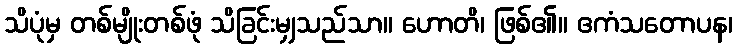
သိပုံမှ တစ်မျိုးတစ်ဖုံ သိခြင်းမျှသည်သာ။ ဟောတိ၊ ဖြစ်၏။ ဧကံသတောပန၊